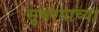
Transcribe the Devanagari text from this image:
सुचण्याच्या